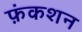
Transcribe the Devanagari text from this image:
फ़ंकशन